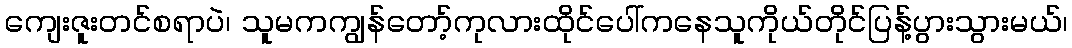
ကျေးဇူးတင်စရာပဲ၊ သူမကကျွန်တော့်ကုလားထိုင်ပေါ်ကနေသူကိုယ်တိုင်ပြန့်ပွားသွားမယ်၊